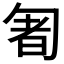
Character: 𠣰